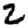
Digit: 2